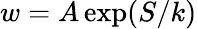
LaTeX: w=A\exp(S/k)